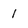
Character: 1